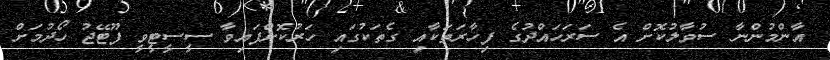
އާންމުންނާ ސުވާލުކޮށް އެ ސަރަހައްދުގެ ފިހާރަތަކާއި ގެތަކުގައި ހަރުކޮށްފައިވާ ސީސީޓީވީ ފޫޓޭޖު ހޯދުމަށް